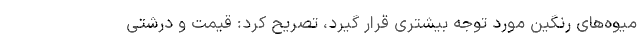
میوه‌های رنگین مورد توجه بیشتری قرار گیرد، تصریح کرد: قیمت و درشتی